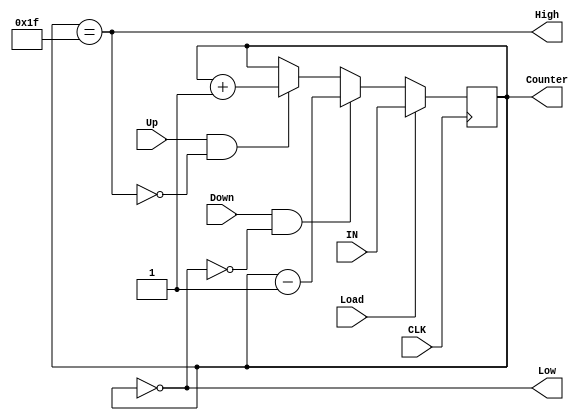


/*
// Module: Up_Dn_Counter.v
// Description: Up_Dn_Counter assignment verilog code //
// Owner : Mohamed Ayman Elsayed 
*/

module Up_Dn_Counter (

    input   wire    [4:0]   IN,
    input   wire            Load,
    input   wire            Up,
    input   wire            Down,
    input   wire            CLK,
    output  wire            High,
    output  reg     [4:0]   Counter,
    output  wire            Low

);

reg     [4:0]   Counter_value;

assign High = ( Counter == 5'd31 );
assign Low  = ( Counter == 5'd0  );


always @( posedge CLK )

    begin
        Counter <= Counter_value;
    end

always @(*) 

    begin

        if ( Load )
            begin
                Counter_value = IN;
            end

        else if ( Down && !Low )
            begin
                Counter_value = Counter - 5'd1;
            end

        else if ( Up && !High )
            begin
                Counter_value = Counter + 5'd1;
            end

        else 
            begin
                Counter_value = Counter;
            end

    end

endmodule